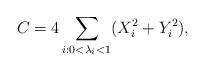
LaTeX: \begin{align*}C = 4 \sum_{i: 0<\lambda_i <1} (X_i^2 + Y_i^2),\end{align*}